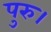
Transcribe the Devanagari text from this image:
पुरु।